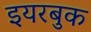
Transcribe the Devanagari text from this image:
इयरबुक